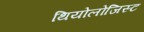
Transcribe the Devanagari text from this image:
थियोलोजिस्ट